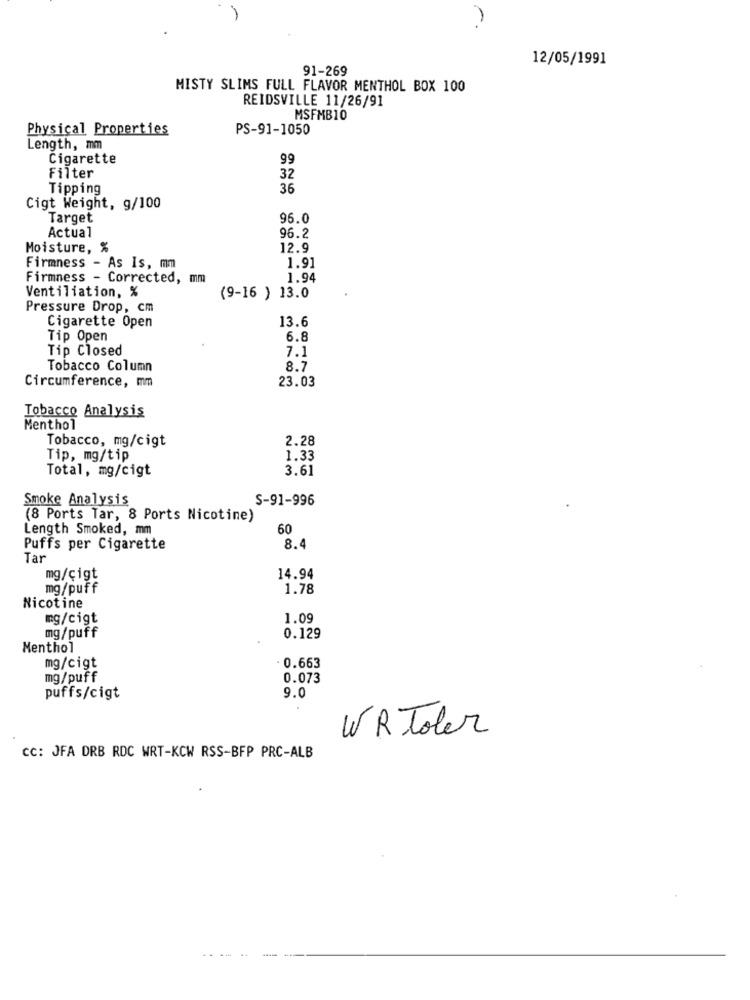
12/05/1991
91-269
MISTY SLIMS FULL FLAVOR MENTHOL BOX 100
REIDSVILLE 11/26/91
MSFMB10
Physical Properties
PS-91-1050
Length, mm
Cigarette
99
Filter
32
Tipping
36
Cigt Weight, g/100
Target
96.0
Actual
96.2
Moisture, %
12.9
Firmness - As Is, mm
1.91
Firmness - Corrected, mm
1.94
Ventiliation, %
(9-16 ) 13.0
Pressure Drop, cm
Cigarette Open
13.6
Tip Open
6.8
Tip Closed
7.1
Tobacco Column
8.7
Circumference, mm
23.03
Tobacco Analysis
Menthol
Tobacco, mg/cigt
2.28
Tip, mg/tip
1.33
Total, mg/cigt
3.61
Smoke Analysis
S-91-996
(8 Ports Tar, 8 Ports Nicotine)
Length Smoked, mm
60
Puffs per Cigarette
8.4
Tar
mg/çigt
14.94
mg/puff
1.78
Nicotine
mg/cigt
1.09
mg/puff
0.129
Menthol
mg/cigt
. 0.663
mg/puff
0.073
puffs/cigt
9.0
WR Toler
CC: JFA DRB RDC WRT-KCW RSS-BFP PRC-ALB
---- -
---